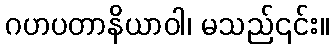
ဂဟပတာနိယာဝါ၊ မသည်၎င်း။